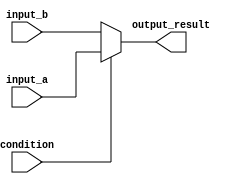
module if_else_block (
    input wire condition,
    input wire input_a,
    input wire input_b,
    output reg output_result
);

always @(*) begin
    output_result = condition ? input_a : input_b;
end

endmodule